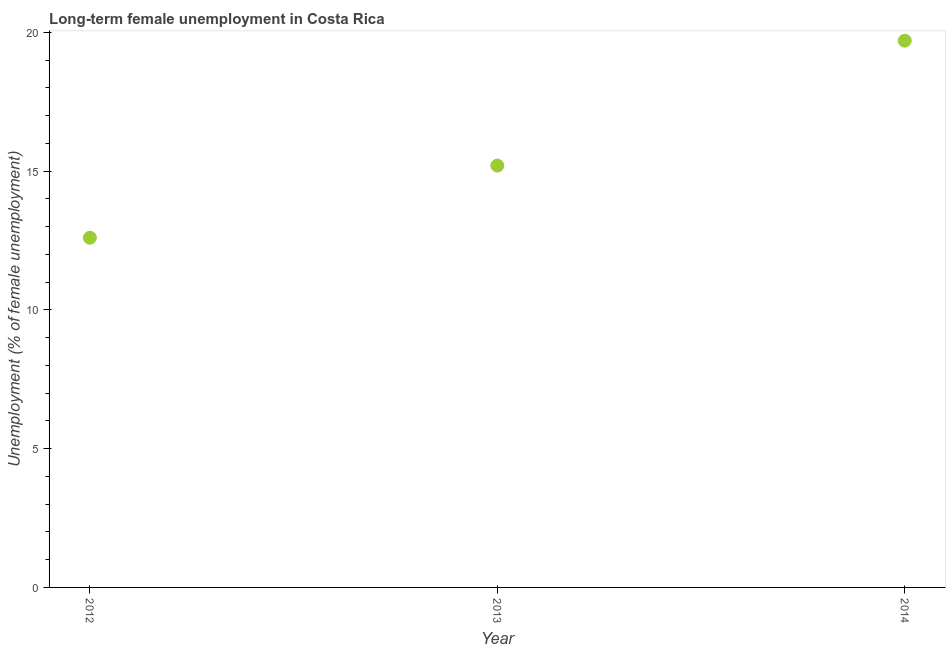
| Year | Long-term unemployment female |
 | --- | --- |
 | 2012 | 12.6 |
 | 2013 | 15.2 |
 | 2014 | 19.7 |